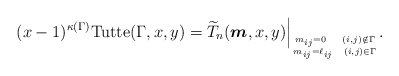
\begin{gather*} (x-1)^{\kappa(\Gamma)} {\rm Tutte}(\Gamma,x,y)= {\widetilde{T}}_n({\boldsymbol{m}},x,y)\Big |_{m_{ij} =0 \ \ \ (i,j) \notin \Gamma \atop m_{ij}=\ell_{ij} \ \ (i,j) \in \Gamma}.\end{gather*}